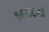
૧૯૪૮ના